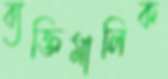
ব্যক্তিমালিক